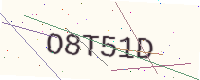
Text: O8T51D